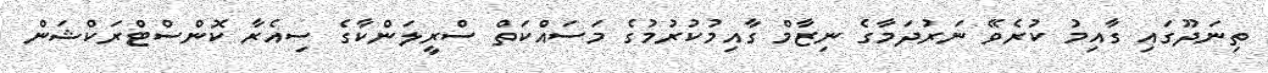
ތިނަދޫގައި ގާއިމު ކުރެވޭ ނަރުދަމާގެ ނިޒާމް ގާއިމުކުރުމުގެ މަސައްކަތް ސްރީލަންކާގެ ސިއެރާ ކޮންސްޓްރަކްޝަން